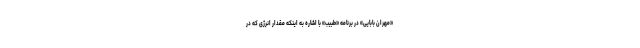
«مهران بابایی» در برنامه «طبیب» با اشاره به اینکه مقدار انرژی که در